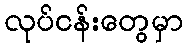
လုပ်ငန်းတွေမှာ